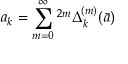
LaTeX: a _ { k } = \sum _ { m = 0 } ^ { \infty } \L ^ { 2 m } { \Delta _ { k } ^ { ( m ) } } ( \bar { a } )